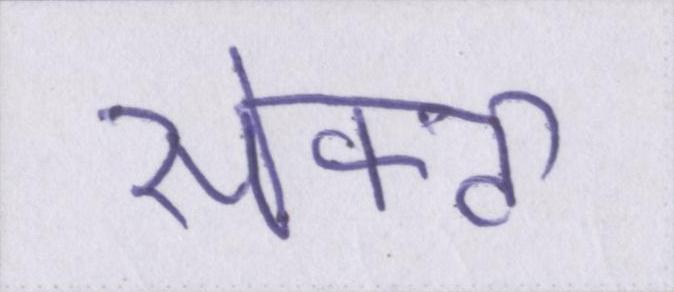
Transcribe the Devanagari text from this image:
सेफ्टी